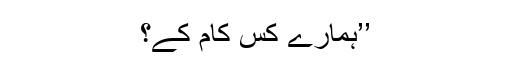
’’ہمارے کس کام کے؟